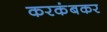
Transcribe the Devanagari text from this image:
करकंबकर